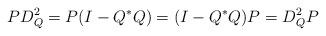
LaTeX: \begin{align*}PD_Q^2=P(I-Q^*Q)=(I-Q^*Q)P=D_Q^2P\end{align*}